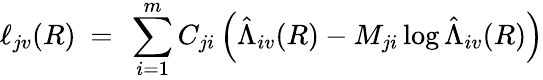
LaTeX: \ell_{jv}(R)\ =\ \sum_{i=1}^{m}C_{ji}\left(\hat{\Lambda}_{iv}(R)-M_{ji}\log\hat{\Lambda}_{iv}(R)\right)